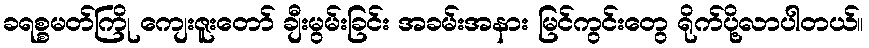
ခရစ္စမတ်ကြို ကျေးဇူးတော် ချီးမွမ်းခြင်း အခမ်းအနား မြင်ကွင်းတွေ ရိုက်ပို့လာပါတယ်။